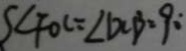
\angle F O C = \angle D C B = 9 0 ^ { \circ }